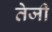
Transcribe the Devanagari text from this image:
तेेजी